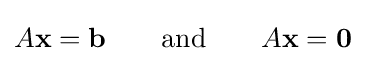
A\mathbf {x} =\mathbf {b} \qquad {\text{and}}\qquad A\mathbf {x} =\mathbf {0}